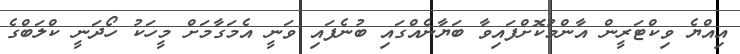
އިއްޔެ ވިކްޓަރީން އާންމުކޮށްފައިވާ ބަޔާނެއްގައި ބުނެފައި ވަނީ އެމަގާމަށް މީހަކު ހޯދަނީ ކްލަބްގެ